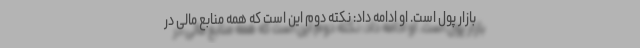
بازار پول است. او ادامه داد: نکته دوم این است که همه منابع مالی در